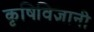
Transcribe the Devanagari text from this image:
कृषिविज्ञानी